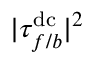
| \tau _ { f / b } ^ { \mathrm { d c } } | ^ { 2 }